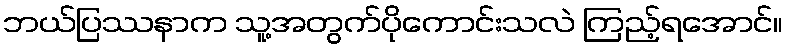
ဘယ်ပြဿနာက သူ့အတွက်ပိုကောင်းသလဲ ကြည့်ရအောင်။